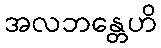
အလဘန္တေဟိ